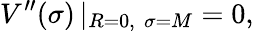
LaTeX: V^{\prime\prime}(\sigma)\left|_{R=0,\, \, \sigma=M}\right.=0,